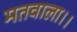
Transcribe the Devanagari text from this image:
मतवाला।।